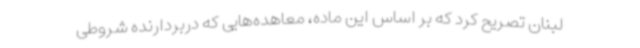
لبنان تصریح کرد که بر اساس این ماده، معاهده‌هایی که دربردارنده شروطی